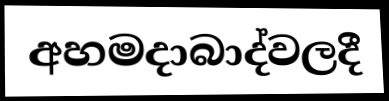
අහමදාබාද්වලදී